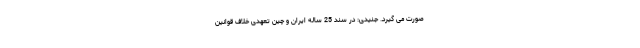
صورت می گیرد. جنیدی: در سند 25 ساله ایران و چین تعهدی خلاف قوانین